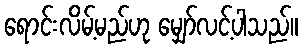
ရောင်းလိမ့်မည်ဟု မျှော်လင့်ပါသည်။